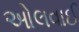
ઓલવાઈ